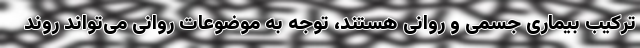
ترکیب بیماری جسمی و روانی هستند، توجه به موضوعات روانی می‌تواند روند